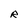
Character: R